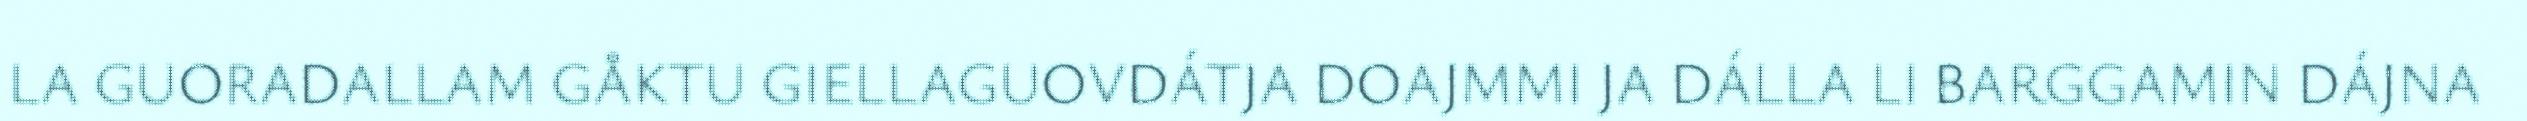
LA GUORADALLAM GÅKTU GIELLAGUOVDÁTJA DOAJMMI JA DÁLLA LI BARGGAMIN DÁJNA